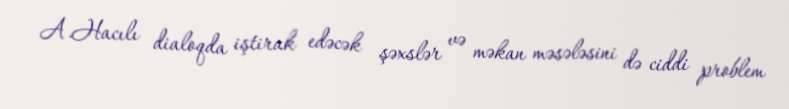
A.Hacılı dialoqda iştirak edəcək şəxslər və məkan məsələsini də ciddi problem